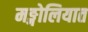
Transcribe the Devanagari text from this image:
मङ्गोलियात